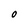
Character: O